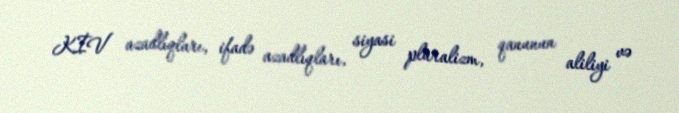
KİV azadlıqları, ifadə azadlıqları, siyasi plüralizm, qanunun aliliyi və